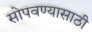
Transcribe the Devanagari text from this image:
सोपवण्यासाठी